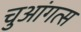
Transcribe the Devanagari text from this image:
चुआंगत्स